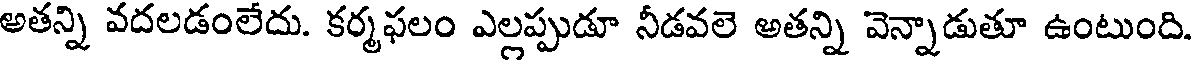
అతన్ని వదలడంలేదు. కర్మఫలం ఎల్లప్పుడూ నీడవలె అతన్ని వెన్నాడుతూ ఉంటుంది.